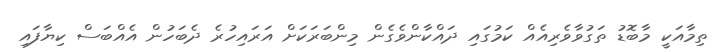
ތިމާއަކީ މާބޮޑު ތަގުވާވެރިއެއް ކަމުގައި ދައްކާންވެގެން މިންބަރަކަށް އަރައިހުރެ ދެބަހުން އެއްބަސް ކިޔާފައި